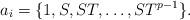
LaTeX: \begin{align*}a_i =\{1, S,ST,\dots,ST^{p-1} \}.\end{align*}